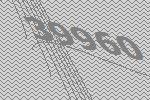
39960